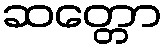
ဆတ္တော